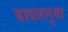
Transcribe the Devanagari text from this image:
बादलनुमा